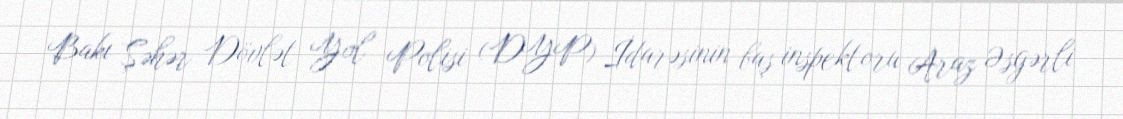
Bakı Şəhər Dövlət Yol Polisi (DYP) İdarəsinin baş inspektoru Araz Əsgərli